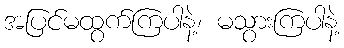
အပြင်မထွက်ကြပါနဲ့၊ မသွားကြပါနဲ့